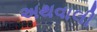
અથવાલી